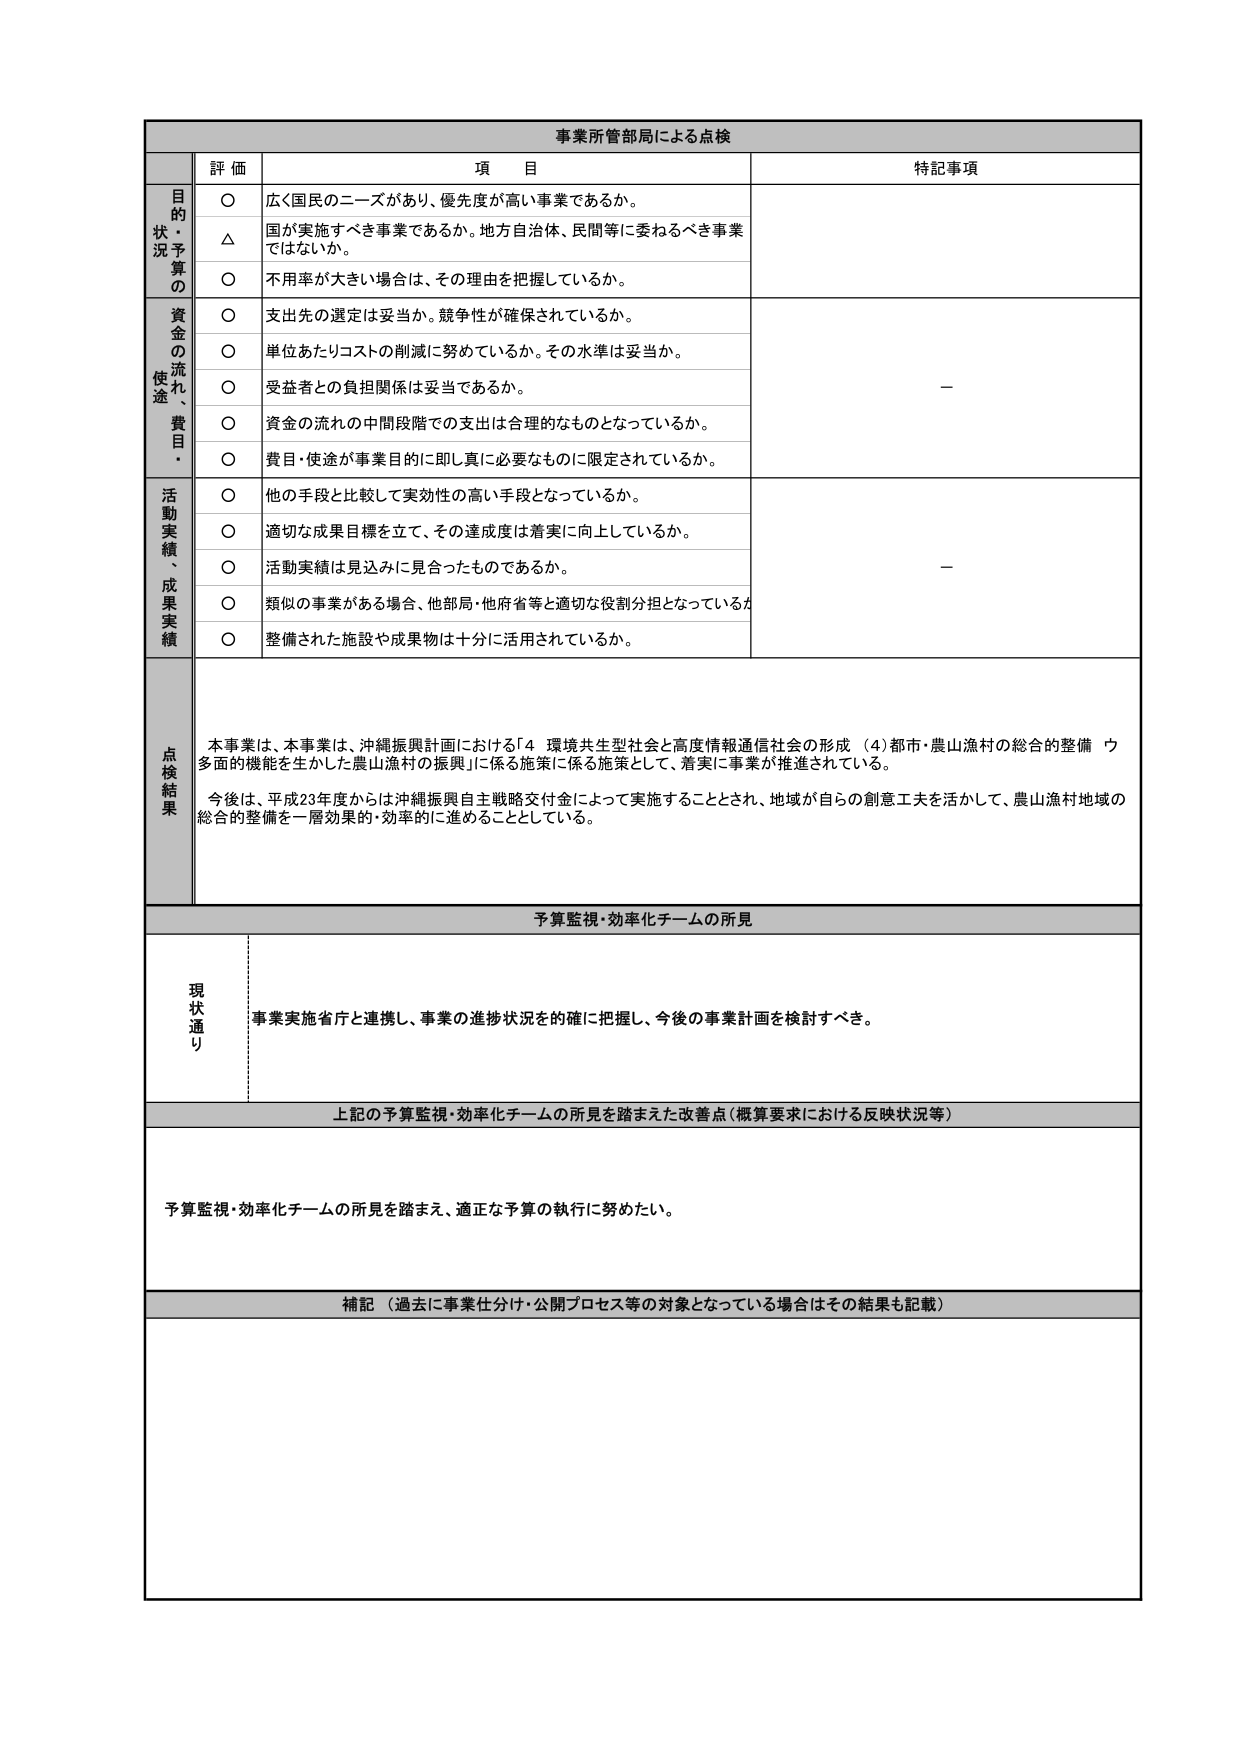
事業所管部局による点検

評価 項目 特記事項

目的状・況予算の
○ 広く国民のニーズがあり、優先度が高い事業であるか。
△ 国が実施すべき事業であるか。地方自治体、民間等に委ねるべき事業ではないか。
○ 不用率が大きい場合は、その理由を把握しているか。

資金の流れ、使途・費目・
○ 支出先の選定は妥当か。競争性が確保されているか。
○ 単位あたりコストの削減に努めているか。その水準は妥当か。
○ 受益者との負担関係は妥当であるか。
○ 資金の流れの中間段階での支出は合理的なものとなっているか。
○ 費目・使途が事業目的に即し真に必要なものに限定されているか。

活動実績、成果実績
○ 他の手段と比較して実効性の高い手段となっているか。
○ 適切な成果目標を立て、その達成度は着実に向上しているか。
○ 活動実績は見込みに見合ったものであるか。
○ 類似の事業がある場合、他部局・他府省等と適切な役割分担となっているか。
○ 整備された施設や成果物は十分に活用されているか。

点検結果
本事業は、本事業は、沖縄振興計画における「4 環境共生型社会と高度情報通信社会の形成（4）都市・農山漁村の総合的整備 多面的機能を生かした農山漁村の振興」に係る施策に係る施策として、着実に事業が推進されている。
今後は、平成23年度からは沖縄振興自主戦略交付金によって実施することとされ、地域が自らの創意工夫を活かして、農山漁村地域の総合的整備を一層効果的・効率的に進めるごととしている。

予算監視・効率化チームの所見

現状通り
事業実施省庁と連携し、事業の進捗状況を的確に把握し、今後の事業計画を検討すべき。

上記の予算監視・効率化チームの所見を踏まえた改善点（概算要求における反映状況等）

予算監視・効率化チームの所見を踏まえ、適正な予算の執行に努めたい。

補記（過去に事業仕分け・公開プロセス等の対象となっている場合はその結果も記載）